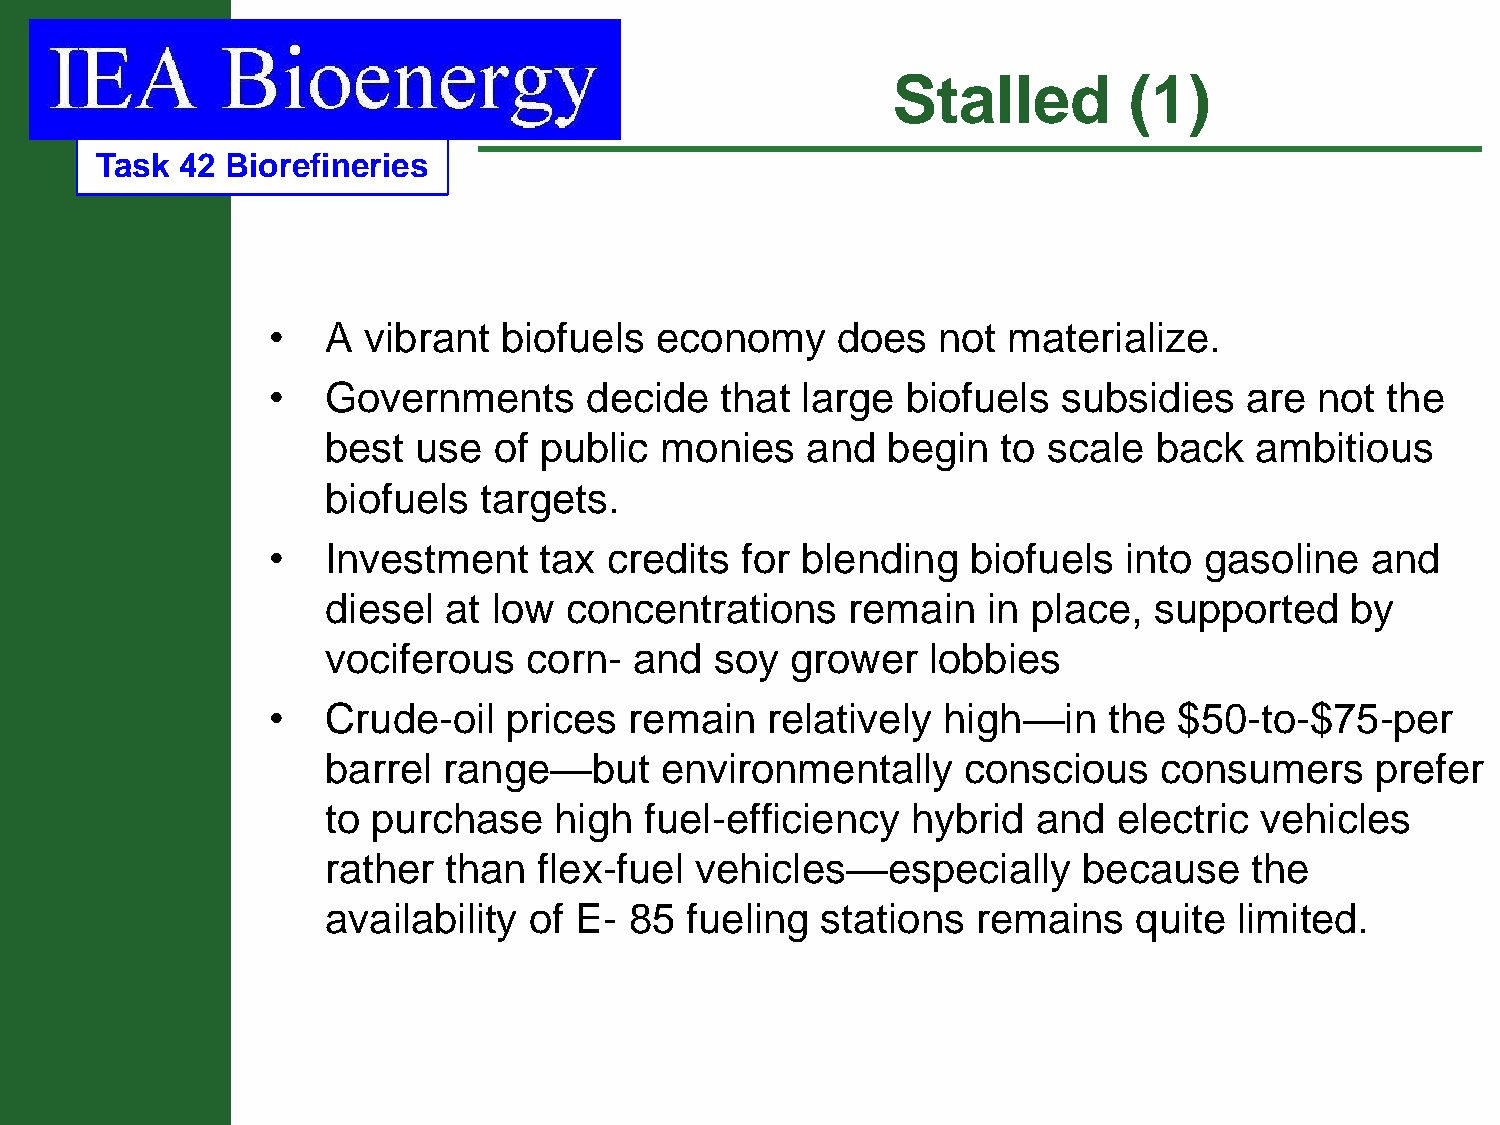
Stalled         (1)
 Task  42 Biorefineries
 •   A vibrant  biofuels  economy     does   not  materialize.
 •   Governments      decide   that large  biofuels  subsidies   are  not  the
 best use   of public  monies   and   begin  to scale   back  ambitious
 biofuels  targets.
 •   Investment    tax credits  for blending   biofuels   into gasoline   and
 diesel  at low concentrations     remain   in place,  supported    by
 vociferous   corn-  and  soy  grower   lobbies
 •   Crude-oil  prices   remain   relatively high—in    the  $50-to-$75-per
 barrel range—but      environmentally     conscious    consumers     prefer
 to purchase    high  fuel-efficiency  hybrid   and  electric vehicles
 rather than   flex-fuel vehicles—especially       because    the
 availability of E-  85 fueling  stations   remains   quite  limited.